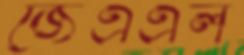
জেএএল